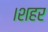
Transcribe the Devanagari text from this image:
।शहर